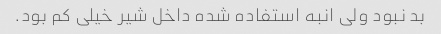
بد نبود ولی انبه استفاده شده داخل شیر خیلی کم بود.